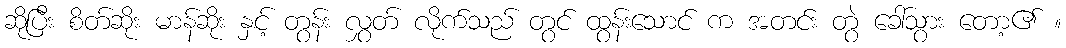
ဆိုပြီး စိတ်ဆိုး မာန်ဆိုး နှင့် တွန်း လွှတ် လိုက်သည် တွင် ထွန်းသောင် က အတင်း တွဲ ခေါ်သွား တော့၏ ။